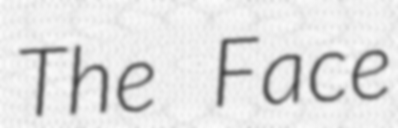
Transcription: The Face